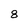
Character: 8